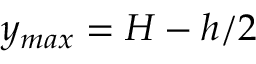
y _ { m a x } = { H - h } / { 2 }